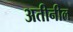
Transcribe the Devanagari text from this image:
अतीनील